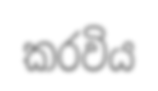
කරවිය